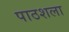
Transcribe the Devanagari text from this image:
पाठशला